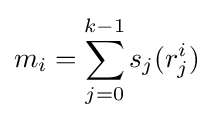
m_{i}=\sum _{j=0}^{k-1}s_{j}(r_{j}^{i})